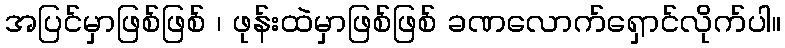
အပြင်မှာဖြစ်ဖြစ် ၊ ဖုန်းထဲမှာဖြစ်ဖြစ် ခဏလောက်ရှောင်လိုက်ပါ။